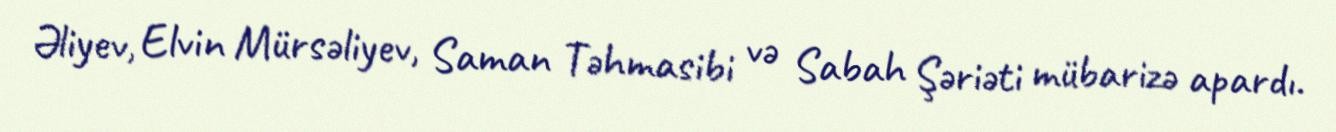
Əliyev, Elvin Mürsəliyev, Saman Təhmasibi və Sabah Şəriəti mübarizə apardı.